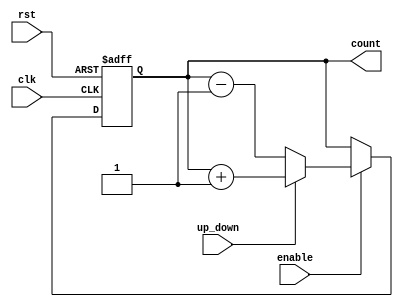
module up_down_counter #(
    parameter COUNTER_WIDTH = 4 // Counter width (number of bits)
) (
    input wire clk,              // Clock input
    input wire rst,              // Asynchronous reset input
    input wire up_down,          // Up/Down control signal
    input wire enable,           // Enable signal
    output reg [COUNTER_WIDTH-1:0] count // Count output
);

    // Asynchronous reset and counting logic
    always @(posedge clk or posedge rst) begin
        if (rst) begin
            count <= 0; // Reset count to zero
        end else if (enable) begin
            if (up_down) begin
                count <= count + 1; // Increment count
            end else begin
                count <= count - 1; // Decrement count
            end
            
            // Handle overflow and underflow
            if (count == 2**COUNTER_WIDTH) begin
                count <= 0; // Wrap around for overflow
            end else if (count == -1) begin
                count <= 2**COUNTER_WIDTH - 1; // Wrap around for underflow
            end
        end
    end

endmodule